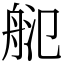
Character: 𦨲